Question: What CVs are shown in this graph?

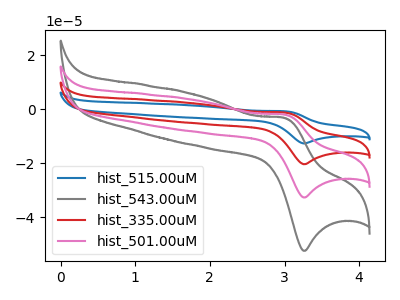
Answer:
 <answer>The blue curve is labeled "hist_515.00uM". The gray curve is labeled "hist_543.00uM". The red curve is labeled "hist_335.00uM". The pink curve is labeled "hist_501.00uM".</answer>
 <eval></eval>